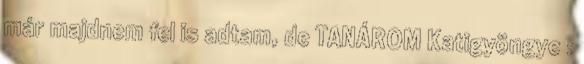
már majdnem fel is adtam, de TANÁROM Katigyöngye :